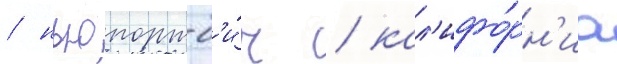
/ ньюпорт-б'и́ч / кал'ифо́рн'иа